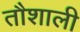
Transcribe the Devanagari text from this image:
तौशाली